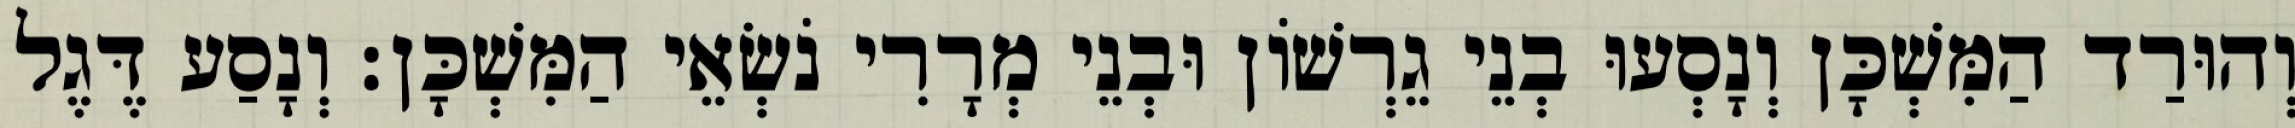
וְהוּרַד הַמִּשְׁכָּן וְנָסְעוּ בְנֵי גֵרְשׁוֹן וּבְנֵי מְרָרִי נֹשְׂאֵי הַמִּשְׁכָּן׃ וְנָסַע דֶּגֶל